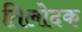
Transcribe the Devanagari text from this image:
तिलोदक